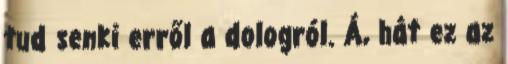
tud senki erről a dologról. Á, hát ez az